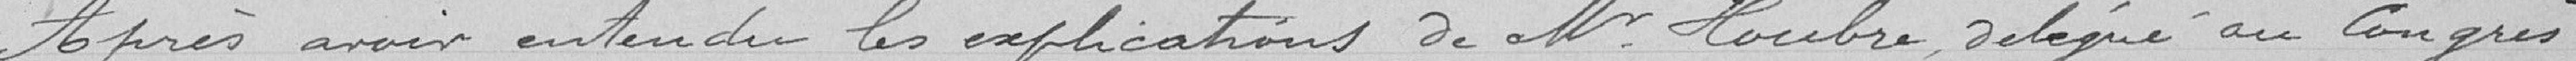
Après avoir entendu les explications de Monsieur Houbre, délégué au Congrès